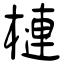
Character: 槤